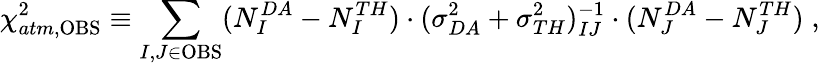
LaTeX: \chi_{atm,\mathrm{OBS}}^{2}\equiv\sum_{I,J\in{\mathrm{OBS}}}(N_{I}^{DA}-N_{I}^{TH})\cdot(\sigma_{DA}^{2}+\sigma_{TH}^{2})_{IJ}^{-1}\cdot(N_{J}^{DA}-N_{J}^{TH})\; ,